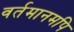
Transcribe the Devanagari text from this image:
वर्तमानमपि